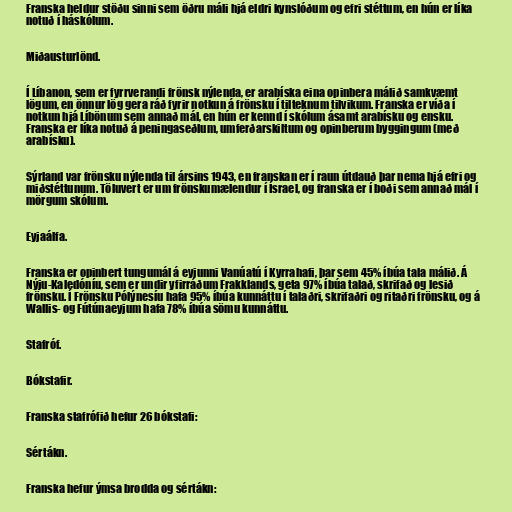
Franska heldur stöðu sinni sem öðru máli hjá eldri kynslóðum og efri stéttum, en hún er líka
notuð í háskólum.

Miðausturlönd.

Í Líbanon, sem er fyrrverandi frönsk nýlenda, er arabíska eina opinbera málið samkvæmt
lögum, en önnur lög gera ráð fyrir notkun á frönsku í tilteknum tilvikum. Franska er víða í
notkun hjá Líbönum sem annað mál, en hún er kennd í skólum ásamt arabísku og ensku.
Franska er líka notuð á peningaseðlum, umferðarskiltum og opinberum byggingum (með
arabísku).

Sýrland var frönsku nýlenda til ársins 1943, en franskan er í raun útdauð þar nema hjá efri og
miðstéttunum. Töluvert er um frönskumælendur í Ísrael, og franska er í boði sem annað mál í
mörgum skólum.

Eyjaálfa.

Franska er opinbert tungumál á eyjunni Vanúatú í Kyrrahafi, þar sem 45% íbúa tala málið. Á
Nýju-Kaledóníu, sem er undir yfirráðum Frakklands, geta 97% íbúa talað, skrifað og lesið
frönsku. Í Frönsku Pólýnesíu hafa 95% íbúa kunnáttu í talaðri, skrifaðri og ritaðri frönsku, og á
Wallis- og Fútúnaeyjum hafa 78% íbúa sömu kunnáttu.

Stafróf.

Bókstafir.

Franska stafrófið hefur 26 bókstafi:

Sértákn.

Franska hefur ýmsa brodda og sértákn: